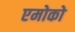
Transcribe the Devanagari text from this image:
एमोको